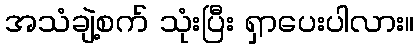
အသံချဲ့စက် သုံးပြီး ရှာပေးပါလား။